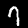
Digit: 7